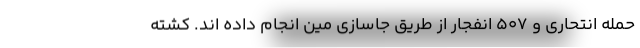
حمله انتحاری و ۵۰۷ انفجار از طریق جاسازی مین انجام داده ‌اند. کشته